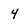
Character: 4